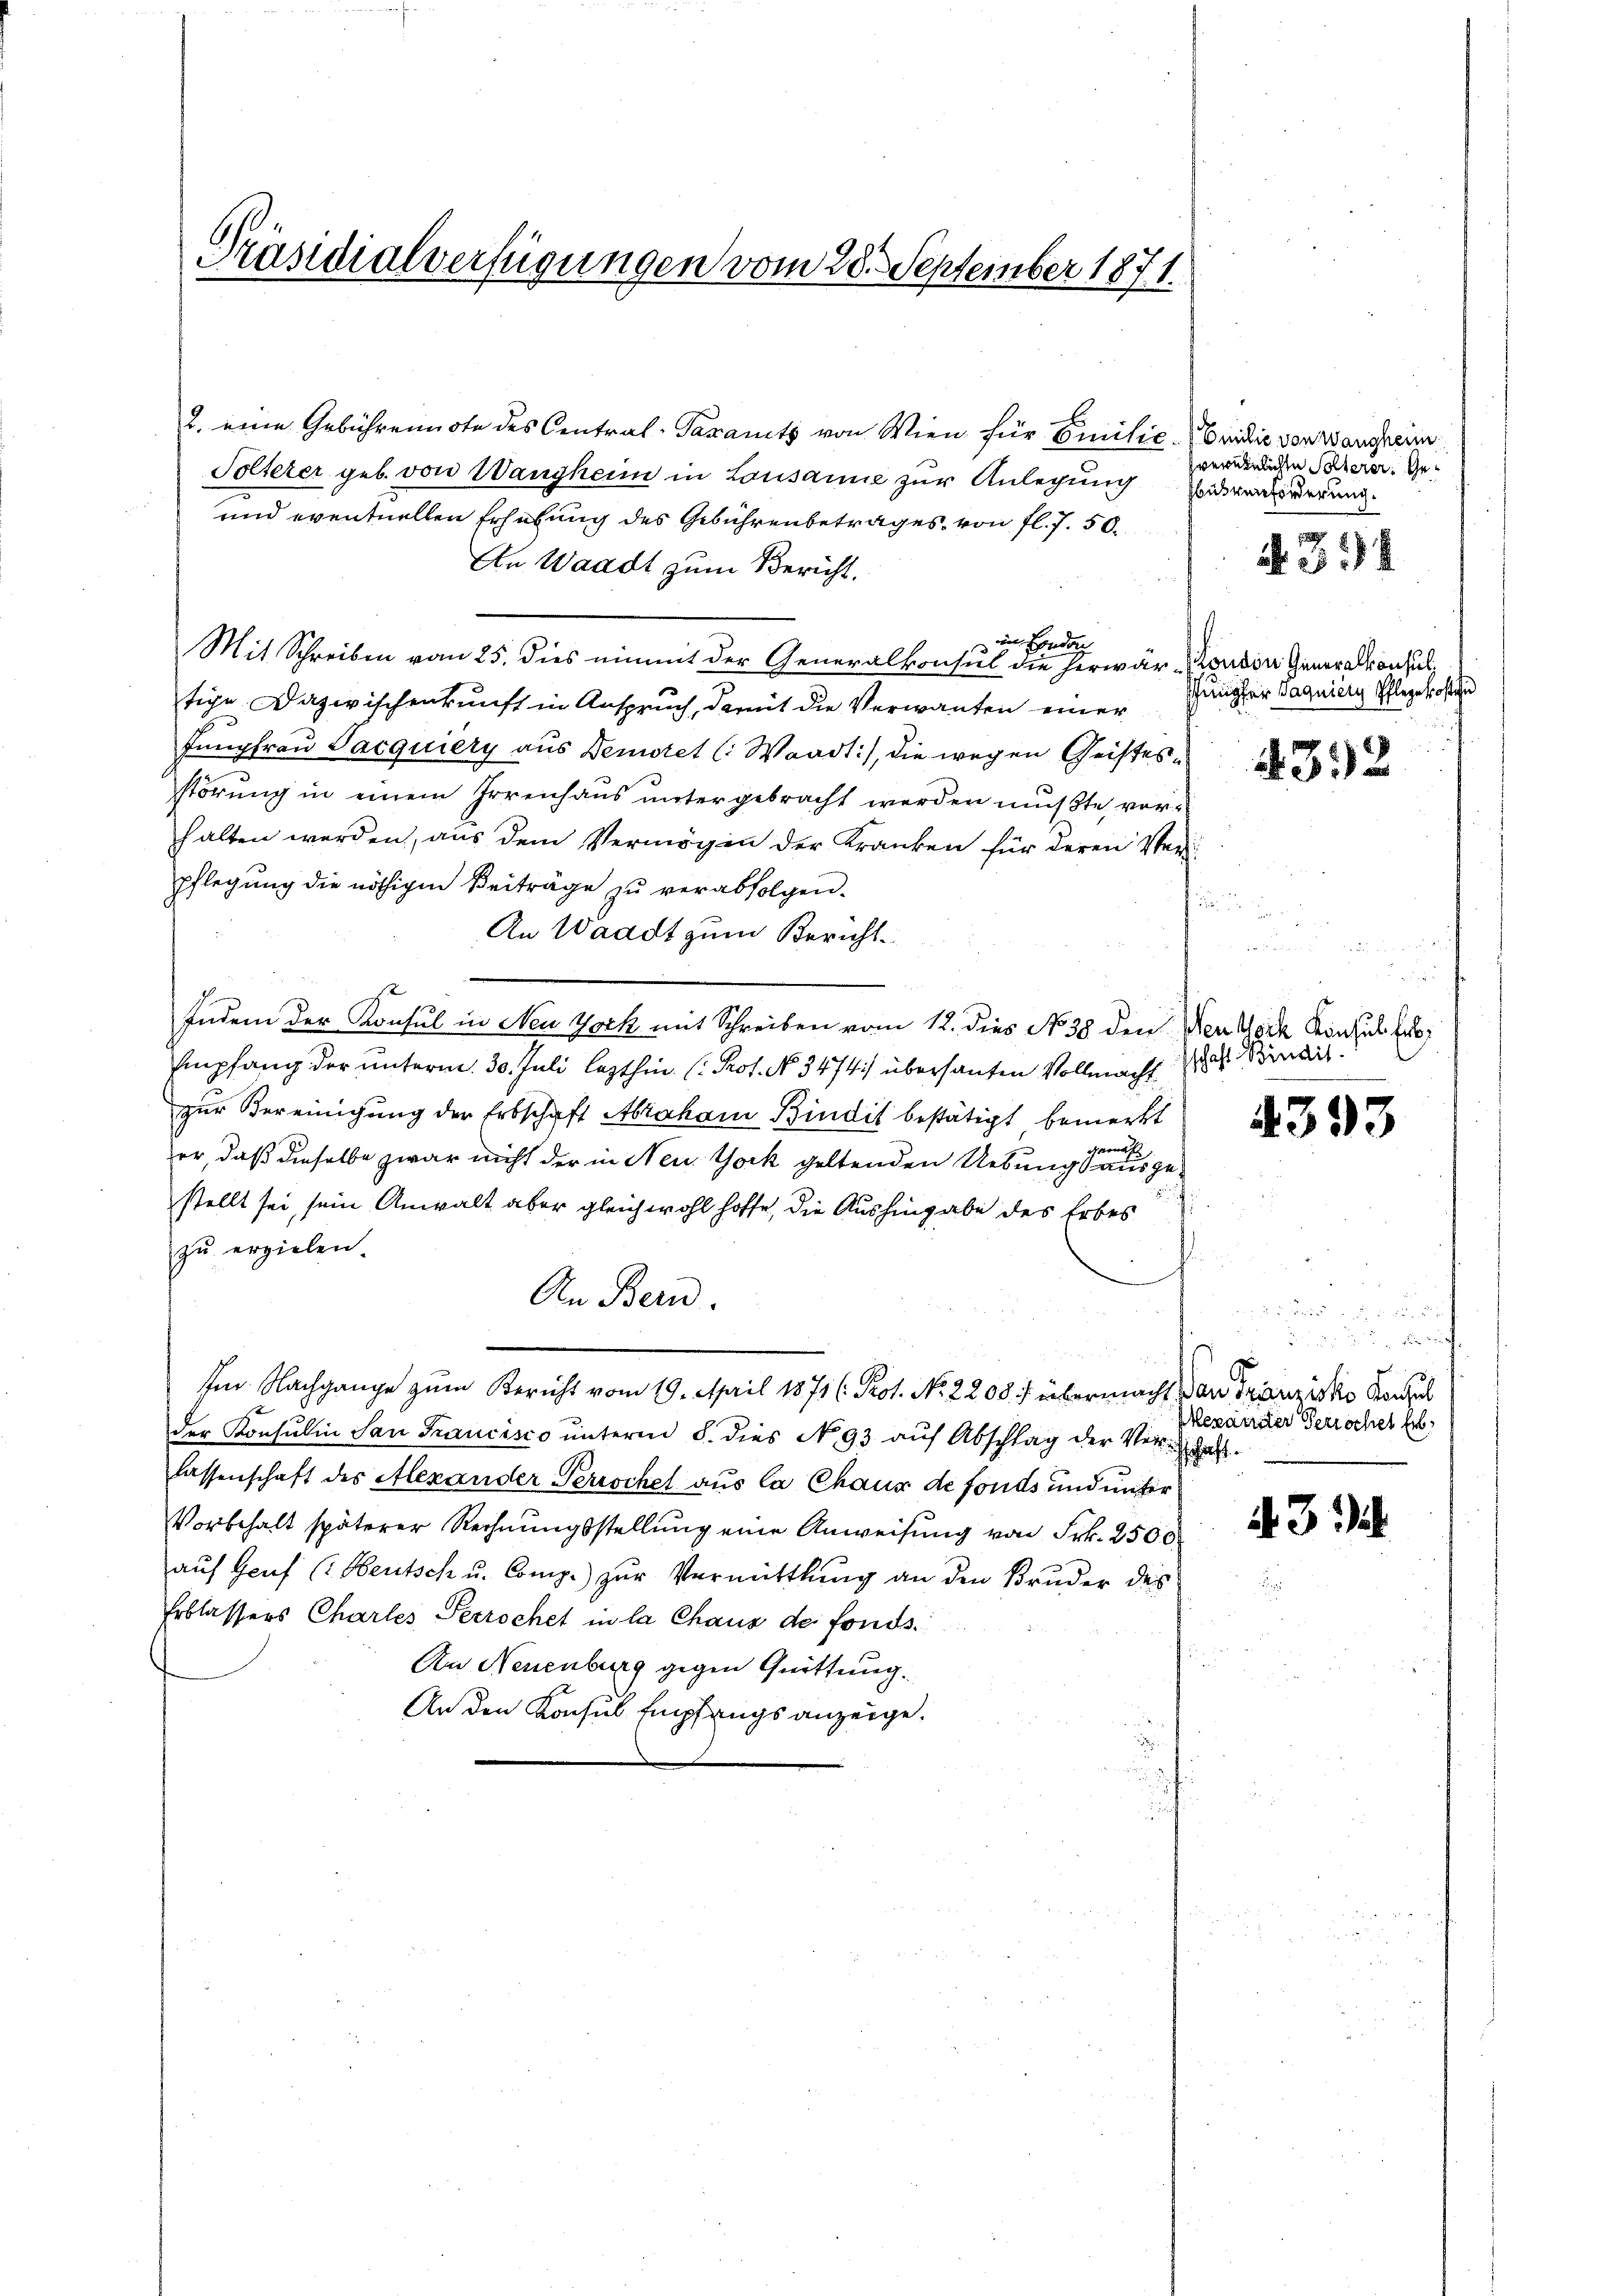
Präsidialverfügungen vom 28. September 1871.

2. eine Gebührennote des Central-Taxamts von Wien für Emilić-Vridie von Wangreim
Solterer geb. von Wangheim in Lausanie zur Anlegung
und eventuellen Erhebung des Gebührenbetrages, von fl. 7. 50.
An Waadt zum Bericht.
in Beda
Mit Schreiben vom 25. dies nimmt der Generalkonsul die herwär anden Generalkonsul
tige Dazwischenkunft in Anspruch, damit die Verwanten einer
Jungfrau Jacquiery aus Demotet (: Waadt), die wegen Geistesstörung in einem Irrenhaus untergebracht werden mußte, vorhalten werden, aus dem Vermögen der Kranken für deren Verpflegŭng die nöthigen Beiträge zŭ verabfolgen.
An Waadt zum Bericht
h
Indem der Konsul in Neu York mit Schreiben vom 12. dies No 38 den Den York Konsul fus
Empfang der unterm 30. Juli lezthin (Prof. No. 3474) übersanten Vollmacht 15 Minis
zur Vereinigung der Erbschaft Abraham Bindit bestätigt bemerkt
er, daß dieselbe zwar nicht der in Neuthock geltenden Uebung ausgestellt sei, sein Anwalt aber gleichwohl hoffe, die Aushingabe des Erbes
zu erzielen.
An Bern.
u
Im Nachgange zum Bericht vom 19. April 1871 (: Prot. No 2208. f übermacht dan Franzisko Schul
der Konsulin San Francisco unterm 8. dies No. 93 auf Abschlag der Verlassenschaft des Alexander Perischel aus la Chaus de fonds und unter
Vorbehalt späterer Rechnungsstellung eine Anweisung von Frk. 2500
aŭf Genf (: Heutsch u. Comp. zŭr Vermittlung an den Bruder des
Erblassers Chartes Perrochet in la Chaus des fonds¬
An Neuenburg gegen Quittung.
An den Konsul Empfangs anzeige.

verehelichen Solterer Geusverforderung.

A 394

Jungfer Saguier Pflegekosten

392

u

4393

g
Alexander Perroches Erbsschrift

3